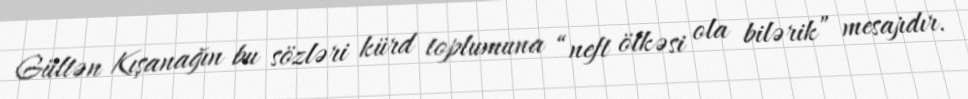
Gültən Kışanağın bu sözləri kürd toplumuna “neft ölkəsi ola bilərik” mesajıdır.